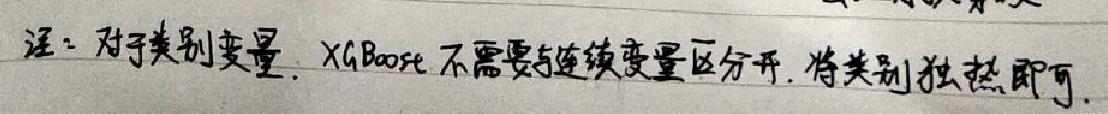
注：对于类别变量，XGBoost不需要与连续变量区分开，将类别独热即可。